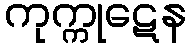
ကုက္ကုဋေန